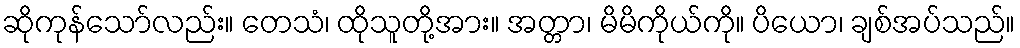
ဆိုကုန်သော်လည်း။ တေသံ၊ ထိုသူတို့အား။ အတ္တာ၊ မိမိကိုယ်ကို။ ပိယော၊ ချစ်အပ်သည်။